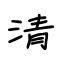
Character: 清